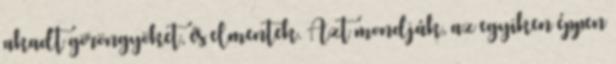
akadt göröngyöket, és elmentek. Azt mondják, az egyiken éppen